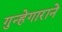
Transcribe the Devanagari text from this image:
गुन्हेगाराने